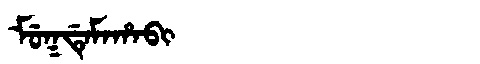
Manchu: ᠮᡠᡴᡩᡝᠮᠠᡥᠠᠪᡳ
Romanization: MUKDEMAHABI